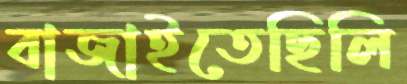
বাজাইতেছিলি